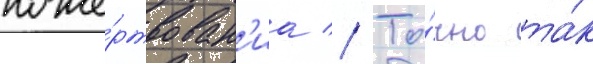
поже́ртвован'иа // То́чно та́к